Vaccination in the Punjab 1905-1918 - 1905-1918
Year: 1905
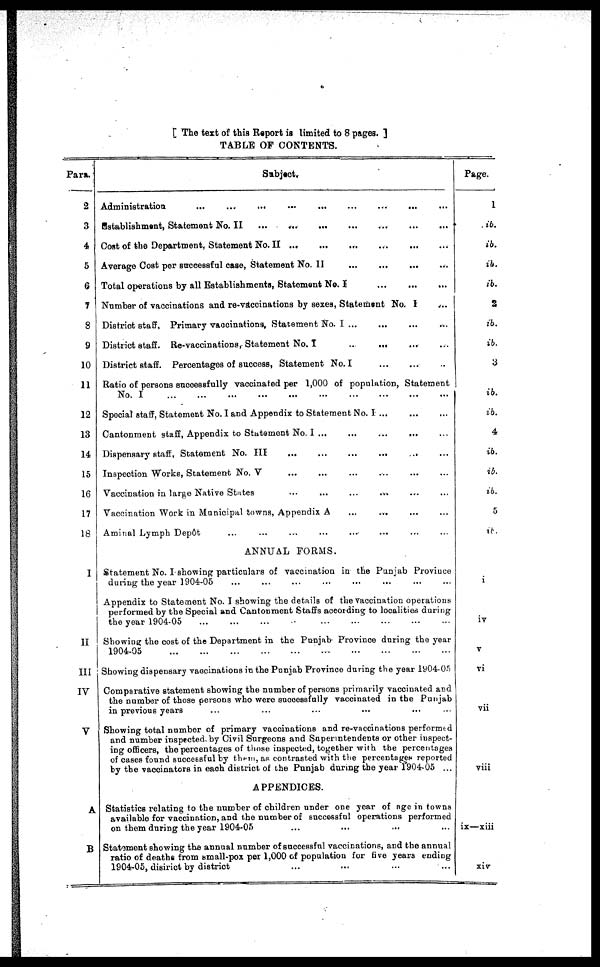
[ The text of this Report is limited to 8 pages. ]
TABLE OF CONTENTS.
Para.
2
3
4
5
6
7
8
9
10
11
12
13
14
15
16
17
18
I
II
III
IV
V
A
B
Subject,
Administration
...
...
...
...
...
...
Establishment, Statement No. II
... ...
...
...
...
Cost of the Department, Statement No. II ...
...
...
...
Average Cost per successful case, Statement No. II
Total operations by all Establishments, Statement No. I
...
Number of vaccinations and re-vaccinations by sexes, Statement No. I
District staff, Primary vaccinations, Statement No. I ...
...
District staff. Re-vaccinations, Statement No. I
...
...
District staff. Percentages of success, Statement No. I
Ratio of persons successfully vaccinated per 1,000 of population, Statement
No. I
Special staff, Statement No. I and Appendix to Statement No. I ...
Cantonment staff, Appendix to Statement No. I ...
Dispensary staff, Statement No. HI
...
...
...
...
...
Inspection Works, Statement No. V
Vaccination in large Native States
Vaccination Work in Municipal towns, Appendix A
Annual Lymph Depôt
ANNUAL FORMS.
Statement No. I showing particulars of vaccination in the Punjab Province
daring the year 1904-05
Appendix to Statement No. I showing the details of the Vaccination operations
performed by the Special and Cantonment Staffs according to localities during
the year 1904-05
Showing the cost of the Department in the Punjab Province during the year
1904-05
Showing dispensary vaccinations in the Punjab Province during the year 1904-05
Comparative statement showing the number of persons primarily vacoinated and
the number of those persons who were successfully vaccinated in the Punjab
in previous years ...
Showing total number of primary vaccinations and re-vaccinations performed
and number inspected by Civil Surgeons and Superintendents or other inspect-
ing officers, the percentages of those inspected, together with the percentages
of cases found successfully them, as contrasted with the percentages reported
by the vaccinators in each district of the Punjab during the year 1904-05 ...
APPENDICES.
Statistics relating to the number of children under one year of age in towns
available for vaccination, and the number of successful operations performed
on them during the year 1904-05
Statement showing the annual number of successful vaccinations, and the annual
ratio of deaths from small-pox per 1,000 of population for five years ending
1904-05, district by district
Page.
1
ib.
ib.
ib.
ib.
2
ib.
ib.
3
ib.
ib.
4
ib.
ib.
ib.
5
ib.
i
iv
V
vi
vii
viii
ix—xiii
xiv